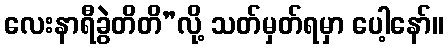
လေးနာရီခွဲတိတိ”လို့ သတ်မှတ်ရမှာ ပေါ့နော်။